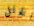
الخلل